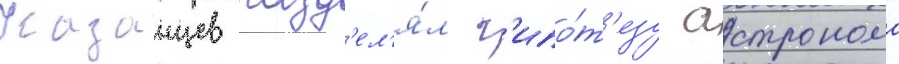
Казанцев разд'ел'я́л г'ипо́т'езу астронома